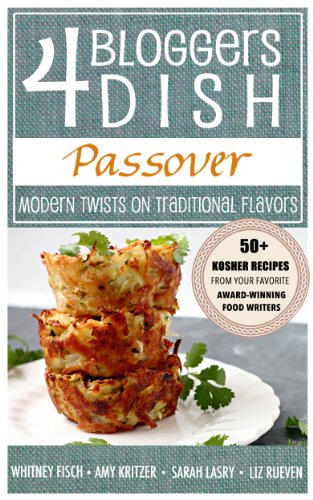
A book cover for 4 Bloggers Dish: Passover: Modern Twists on Traditional Flavors; Whitney Fisch; Cookbooks, Food & Wine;